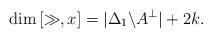
LaTeX: \begin{align*}\dim \left[\gg,x\right]=|\Delta_{1}\backslash{A}^{\perp}|+2k.\end{align*}